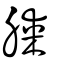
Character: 腜